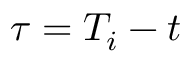
\tau = T _ { i } - t